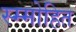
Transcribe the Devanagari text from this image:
स्म्मोहित